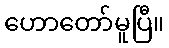
ဟောတော်မူပြီ။